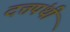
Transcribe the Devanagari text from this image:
दत्तपंथी